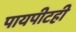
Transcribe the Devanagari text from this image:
पायपीटही